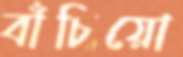
বাঁচিয়ো